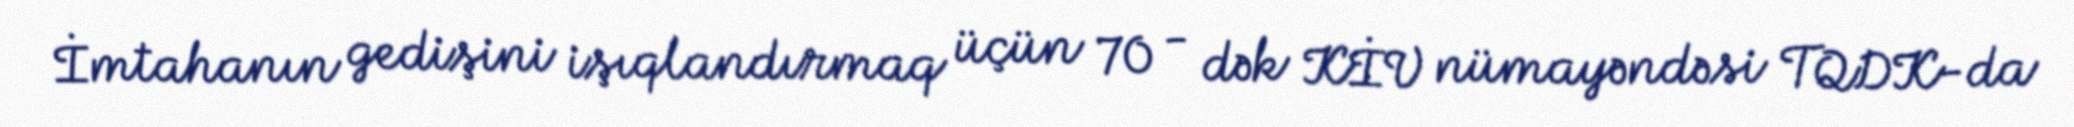
İmtahanın gedişini işıqlandırmaq üçün 70 - dək KİV nümayəndəsi TQDK-da